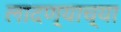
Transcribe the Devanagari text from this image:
लादण्याच्या